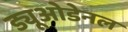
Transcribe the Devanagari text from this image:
ड्यूओडेनल